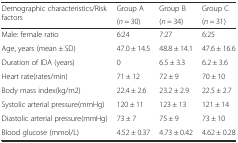
| <ROWSPAN=2> Demographic characteristics/Risk factors | Group A | Group B | Group C |
 | (n = 30) | (n = 34) | (n = 31) |
 | --- | --- | --- | --- |
 | Male: female ratio | 6:24 | 7:27 | 6:25 |
 | Age, years (mean ± SD) | 47.0 ± 14.5 | 48.8 ± 14.1 | 47.6 ± 16.6 |
 | Duration of IDA (years) | 0 | 6.5 ± 3.3 | 6.2 ± 3.6 |
 | Heart rate(rates/min) | 71 ± 12 | 72 ± 9 | 70 ± 10 |
 | Body mass index(kg/m2) | 22.4 ± 2.6 | 23.2 ± 2.9 | 22.5 ± 2.7 |
 | Systolic arterial pressure(mmHg) | 120 ± 11 | 123 ± 13 | 121 ± 14 |
 | Diastolic arterial pressure(mmHg) | 73 ± 7 | 75 ± 9 | 73 ± 10 |
 | Blood glucose (mmol/L) | 4.52 ± 0.37 | 4.73 ± 0.42 | 4.62 ± 0.28 |